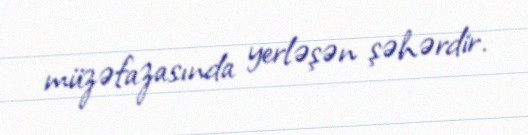
müzəfazasında yerləşən şəhərdir.